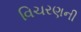
વિચરણની